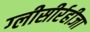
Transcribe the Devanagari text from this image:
ग्‍लीसीर्रहीजा